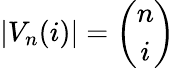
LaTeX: |V_{n}(i)|={\binom{n}{i}}